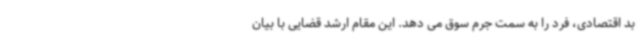
بد اقتصادی، فرد را به سمت جرم سوق می دهد. این مقام ارشد قضایی با بیان